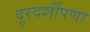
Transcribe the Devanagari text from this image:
दूरदर्शीपणा